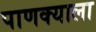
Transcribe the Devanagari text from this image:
पाणक्याला